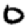
Digit: 0